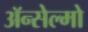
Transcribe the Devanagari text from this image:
ॲन्सेल्मो